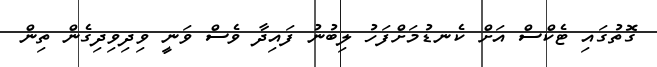
ގޮތުގައި ޓެކްސް އަށް ކެނޑުމަށްފަހު ލިބުނު ފައިދާ ވެސް ވަނީ ވިދިވިދިގެން ތިން